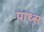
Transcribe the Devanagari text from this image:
पाथ्स